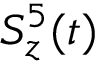
S _ { z } ^ { 5 } ( t )